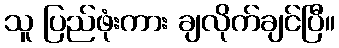
သူ ပြည်ဖုံးကား ချလိုက်ချင်ပြီ။